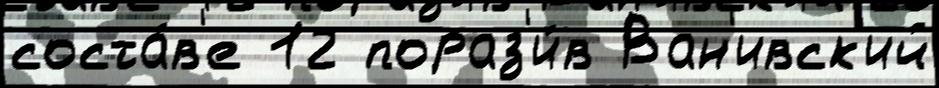
соста́в'е 12 пораз'и́в Ван'ивск'ий